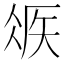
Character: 𥏂